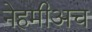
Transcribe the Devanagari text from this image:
नेहमीअच